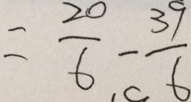
= \frac { 2 0 } { 6 } - \frac { 3 9 } { 6 }